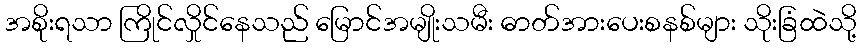
အစိုးရသာ ကြိုင်လှိုင်နေသည် မြောင်အမျိုးသမီး ဓာတ်အားပေးစနစ်များ သိုးခြံထဲသို့